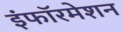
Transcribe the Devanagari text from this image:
इंफॉरमेशन